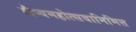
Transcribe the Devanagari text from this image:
रौप्यमहोत्सवानिमित्त